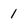
Character: 1